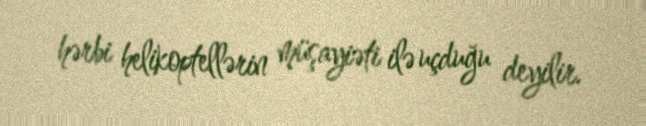
hərbi helikoptellərin müşayiəti ilə uçduğu deyilir.